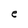
Character: e